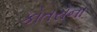
કોતરોના